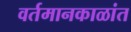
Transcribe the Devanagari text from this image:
वर्तमानकाळांत